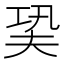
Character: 㠫